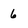
Character: 6